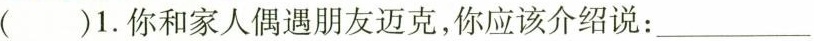
( )1.你和家人偶遇朋友迈克,你应该介绍说:___